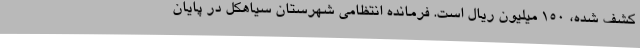
کشف شده، 150 میلیون ریال است. فرمانده انتظامی شهرستان سیاهکل در پایان